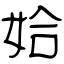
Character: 姶